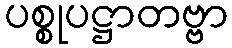
ပစ္စုပဋ္ဌာတဗ္ဗာ